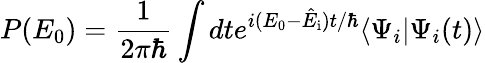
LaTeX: P(E_{0})=\frac{1}{2\pi\hbar}\int dte^{i(E_{0}-\hat{E}_{\mathrm{i}})t/\hbar}\langle\Psi_{i}|\Psi_{i}(t)\rangle